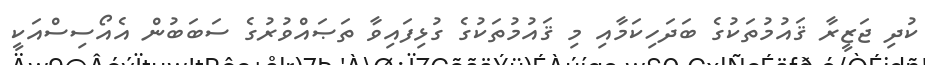
ކުދި ޖަޒީރާ ޤައުމުތަކުގެ ބަދަހިކަމާއި މި ޤައުމުތަކުގެ ގުޅިފައިވާ ތަޞައްވުރުގެ ސަބަބުން އެއޯސިސްއަކީ